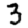
Digit: 3